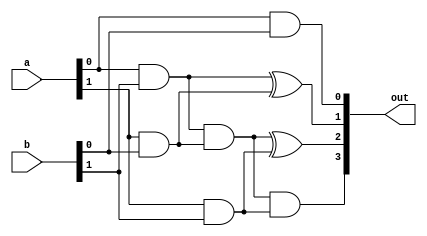
module mult_2b(
    input [1:0] a,b,
    output [3:0] out
);

assign out[0] = a[0] & b[0]; 
assign out[1] = (a[0] & b[1])^(a[1] & b[0]);
assign out[2] =	((a[0] & b[1])&(a[1] & b[0]))^(a[1] & b[1]);
assign out[3] =	((a[0] & b[1])&(a[1] & b[0]))&(a[1] & b[1]);

endmodule